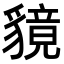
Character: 𧴈